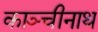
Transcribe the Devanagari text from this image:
काञ्चीनाथ